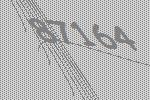
87164